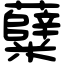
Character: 糵